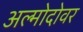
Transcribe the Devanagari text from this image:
अल्मोदोवर